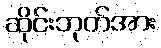
ဆိုင်းဘုတ်အား